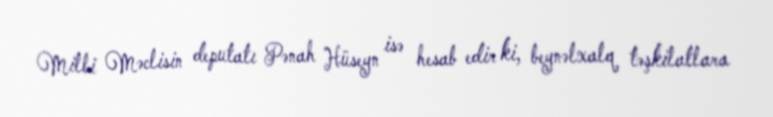
Milli Məclisin deputatı Pənah Hüseyn isə hesab edir ki, beynəlxalq təşkilatlara